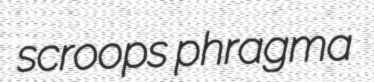
scroops phragma